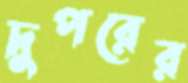
দুপরের